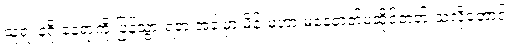
သူ့ရဲ့ နဂို နေရာကို ပြန်သွားရတဲ့ အခါမှာ မိန်းမဟာ မနေတတ်မထိုင်တတ် သလိုတောင်